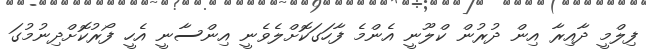
ފިލްމީ ދާއިރާ އިން ދުރުން ކްލޫނީ އެންމެ ފާހަގަކޮށްލެވެނީ އިންސާނީ އެހީ ފޯރުކޮށްދިނުމުގަ